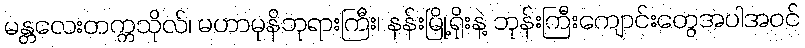
မန္တလေးတက္ကသိုလ်၊ မဟာမုနိဘုရားကြီး၊ နန်းမြို့ရိုးနဲ့ ဘုန်းကြီးကျောင်းတွေအပါအဝင်